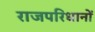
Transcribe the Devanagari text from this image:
राजपरिधानों